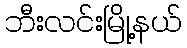
ဘီးလင်းမြို့နယ်